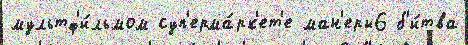
мультф'и́льмом суп'ерма́рк'ет'е ман'еры6 б'и́тва